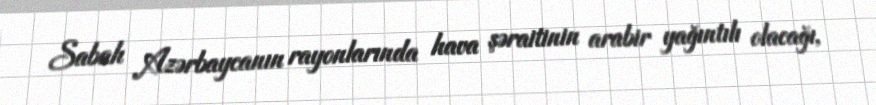
Sabah Azərbaycanın rayonlarında hava şəraitinin arabir yağıntılı olacağı,